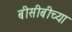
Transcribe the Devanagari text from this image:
बीसीबीच्या